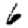
Digit: 6